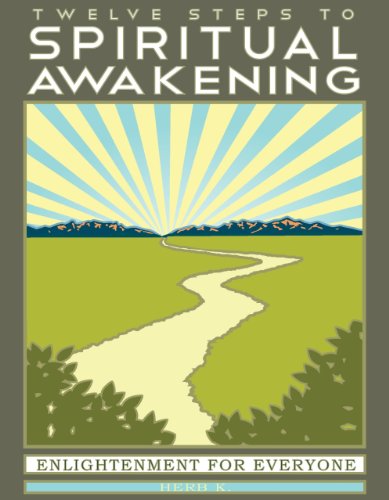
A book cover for Twelve Steps to Spiritual Awakening: Enlightenment for Everyone; Herb K.; Health, Fitness & Dieting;